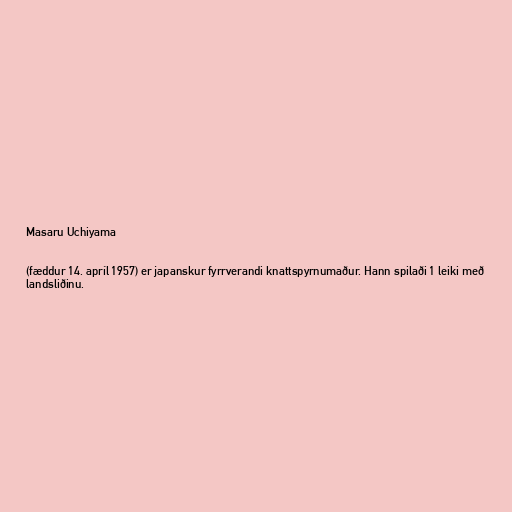
Masaru Uchiyama

(fæddur 14. apríl 1957) er japanskur fyrrverandi knattspyrnumaður. Hann spilaði 1 leiki með
landsliðinu.